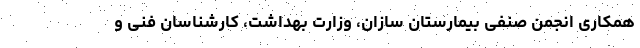
همکاری انجمن صنفی بیمارستان سازان، وزارت بهداشت، کارشناسان فنی و